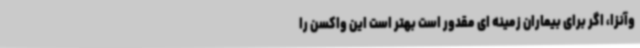
وآنزا، اگر برای بیماران زمینه ای مقدور است بهتر است این واکسن را